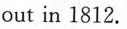
out in 1812.